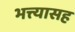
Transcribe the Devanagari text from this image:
भत्त्यासह